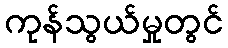
ကုန်သွယ်မှုတွင်